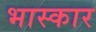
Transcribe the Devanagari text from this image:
भास्कार